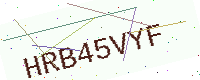
Text: HRB45VYF